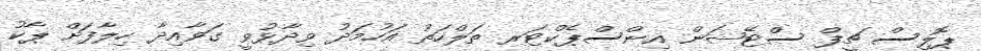
ޕޮލިސް ޗީފް ސްޓޭޝަން އިންސްޕެކްޓަރ ތަލްހަތު އަހުމަދު ވިދާޅުވީ ގަވާއިދާ ހިލާފަށް ޕާކު